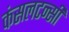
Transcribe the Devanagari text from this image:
कंसलटन्सी